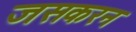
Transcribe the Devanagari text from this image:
जसकरन